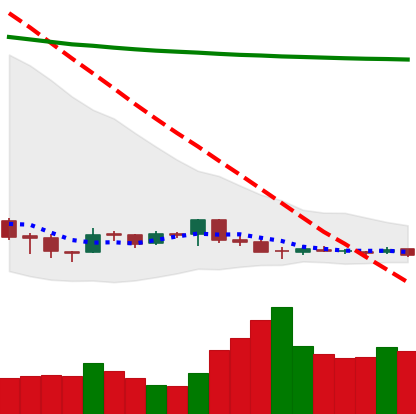
Ticker: DOGE-USD
Chart end date: 2018-12-13
Forward return: 29.976%
Label: up_7plus